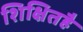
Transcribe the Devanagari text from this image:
शिक्षितहै